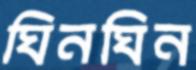
ঘিনঘিন